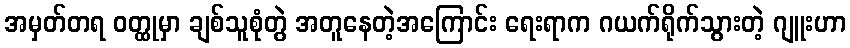
အမှတ်တရ ဝတ္ထုမှာ ချစ်သူစုံတွဲ အတူနေတဲ့အကြောင်း ရေးရာက ဂယက်ရိုက်သွားတဲ့ ဂျူးဟာ